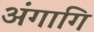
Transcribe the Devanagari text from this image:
अंगागि